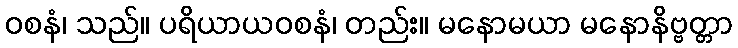
ဝစနံ၊ သည်။ ပရိယာယဝစနံ၊ တည်း။ မနောမယာ မနောနိဗ္ဗတ္တာ